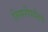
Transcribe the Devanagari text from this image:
तिसरीपर्यंतचे